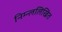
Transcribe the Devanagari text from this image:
निम्न्ललिखित